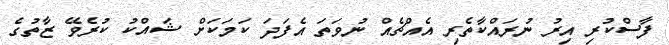
ފާސްކުރި އިރު ނުރައްކާތެރި އެއްޗެއް ނުވަތަ އެފަދަ ކަމަކަށް ޝައްކު ކުރެވޭ ޒާތުގެ